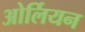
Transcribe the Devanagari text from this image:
ओर्लियन